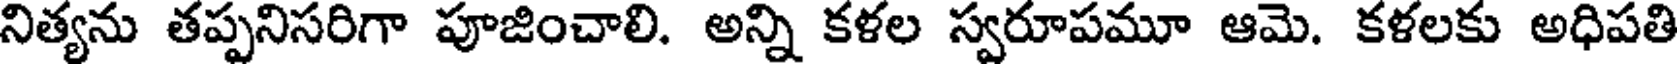
నిత్యను తప్పనిసరిగా పూజించాలి. అన్ని కళల స్వరూపమూ ఆమె. కళలకు అధిపతి